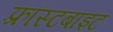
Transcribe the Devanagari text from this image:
फ़्रॉस्टबाइट